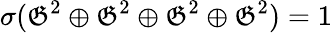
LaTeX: \sigma({\mathfrak{G}}^{2}\oplus{\mathfrak{G}}^{2}\oplus{\mathfrak{G}}^{2}\oplus{\mathfrak{G}}^{2})=1